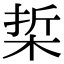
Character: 梊